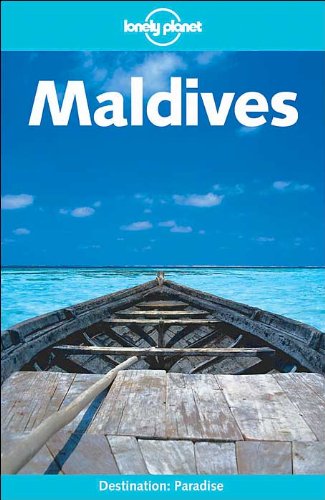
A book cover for Lonely Planet Maldives; James Lyon; Travel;